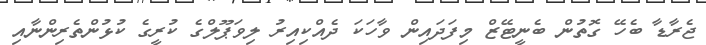
ޖެރާޑާ ބެހޭ ގޮތުން ބެނީޓޭޒް މިފަދައިން ވާހަކަ ދެއްކިއިރު ލިވަޕޫލްގެ ކުރީގެ ކުޅުންތެރިންނާއި